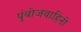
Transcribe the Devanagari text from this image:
पुंबीजवाहिनी